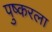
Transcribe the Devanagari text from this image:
पुष्करला